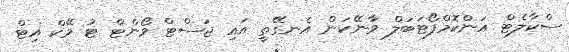
ސްކާލެޓް އަންކޮމްފޯޓަބަލް ވާނޭކަން އެނގޭތީ އައި ޖަސްޓް ވޯންޓް ޓު މޭކް އިޓް